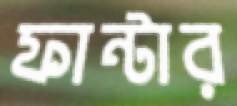
ফান্টার